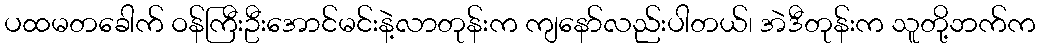
ပထမတခေါက် ဝန်ကြီးဦးအောင်မင်းနဲ့လာတုန်းက ကျနော်လည်းပါတယ်၊ အဲဒီတုန်းက သူတို့ဘက်က